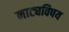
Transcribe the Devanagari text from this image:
नाट्यविषय